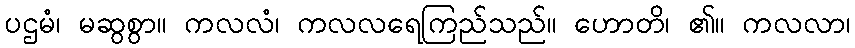
ပဌမံ၊ မဆွစွာ။ ကလလံ၊ ကလလရေကြည်သည်။ ဟောတိ၊ ၏။ ကလလာ၊